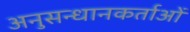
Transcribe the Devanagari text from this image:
अनुसन्धानकर्ताओं